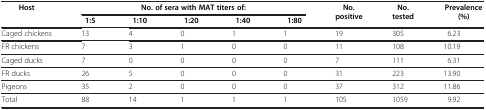
| <ROWSPAN=2> Host | <COLSPAN=5> No. of sera with MAT titers of: | <ROWSPAN=2> No. positive | <ROWSPAN=2> No. tested | <ROWSPAN=2> Prevalence (%) |
 | 1:5 | 1:10 | 1:20 | 1:40 | 1:80 |
 | --- | --- | --- | --- | --- | --- | --- | --- | --- |
 | Caged chickens | 13 | 4 | 0 | 1 | 1 | 19 | 305 | 6.23 |
 | FR chickens | 7 | 3 | 1 | 0 | 0 | 11 | 108 | 10.19 |
 | Caged ducks | 7 | 0 | 0 | 0 | 0 | 7 | 111 | 6.31 |
 | FR ducks | 26 | 5 | 0 | 0 | 0 | 31 | 223 | 13.90 |
 | Pigeons | 35 | 2 | 0 | 0 | 0 | 37 | 312 | 11.86 |
 | Total | 88 | 14 | 1 | 1 | 1 | 105 | 1059 | 9.92 |